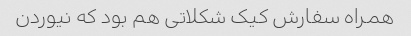
همراه سفارش کیک شکلاتی هم بود که نیوردن